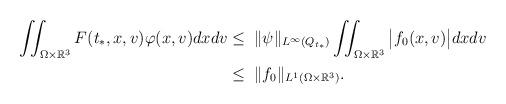
LaTeX: \begin{align*} \iint_{\Omega\times\mathbb{R}^3} F(t_*,x,v)\varphi(x,v) dxdv \leq &\;\; \|\psi\|_{L^\infty(Q_{t_*})} \iint_{\Omega\times\mathbb{R}^3}\big|f_0(x,v)\big| dxdv \\ \leq &\;\; \|f_0\|_{L^1(\Omega\times\mathbb{R}^3)}. \end{align*}